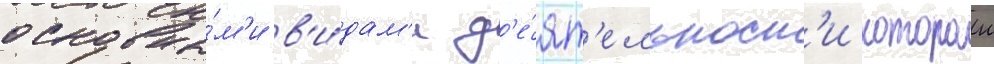
основны́м'и в'и́дам'и д'е́ят'ельност'и которои